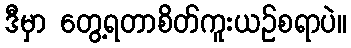
ဒီမှာ တွေ့ရတာစိတ်ကူးယဉ်စရာပဲ။